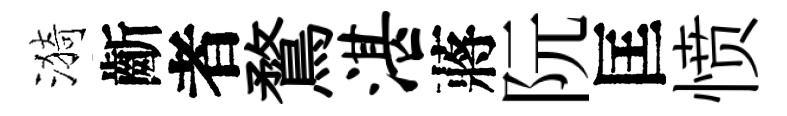
漪齗者鶩湛蔣阮匡愤